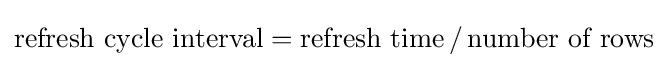
{\text{refresh cycle interval}}={\text{refresh time}}\,/\,{\text{number of rows}}